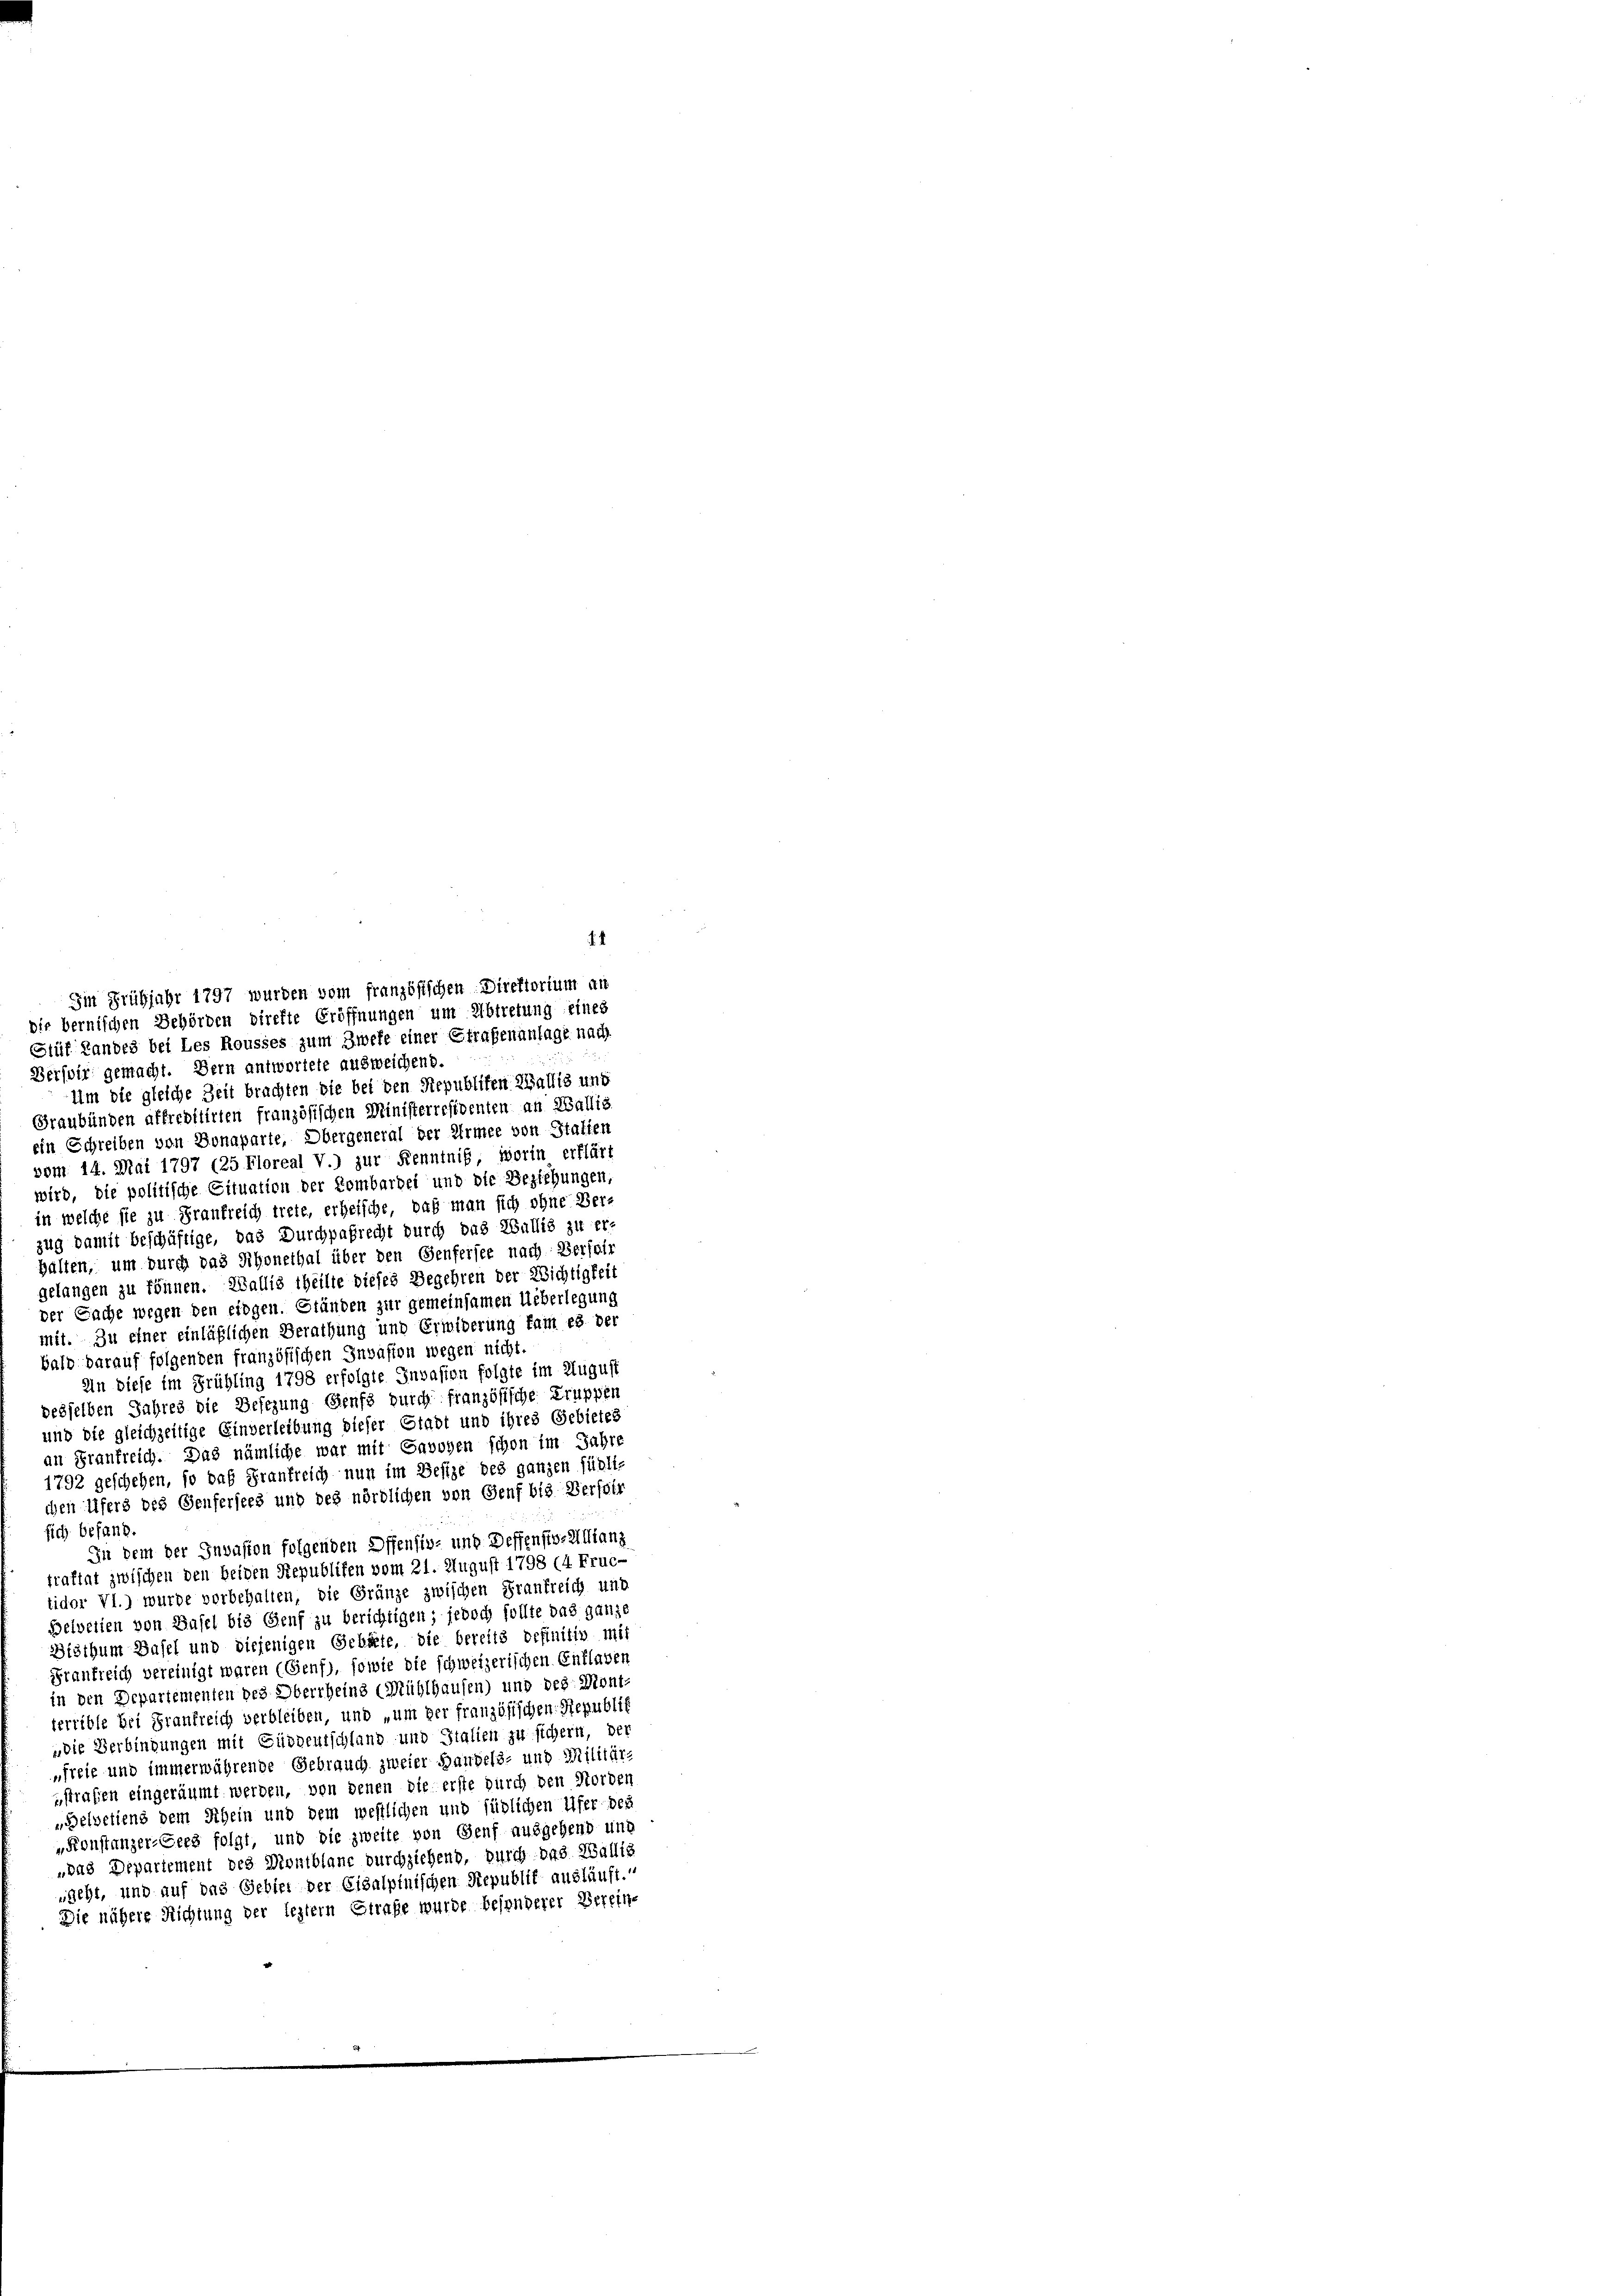
Stür Landes bei Les Rousses zum Zweke einer Straßenanlage nach
Dervir gemacht. Bern antwortete ausweichend.
Um die gleiche Zeit brachten die bei den Republiten Wallis und
Graubünden affreottirten französischen Ministerrefidenten an Wallis
ein Schreiben von Bonaparte, Obergeneral der Armee von Statten
vom 14. Mai 1797 (25 Floreal V.) zur Kenntniß, worin erklärt
wird, die politische Cituation der Kombardel und die Beziehungen,
in welche sie zu Frankreich trete, erheische, daß man sich ohne Ver-
zug damit beschäftige, das Durchpafrecht durch das Wallis zu erhalten, um durch das Schonethal über den Genfersee nach Verfeir
gelangen zu können. Wallis theilte dieses Begehren der Richtigkeit
der Sache wegen den etogen. Ständen zur gemeinsamen Ueberlegung
mit. Zu einer einläßlichen Berathung und Erwiderung fam es der
bald darauf folgenden französischen Invasion wegen nicht.
An diese im Frühling 1798 erfolgte Invasion folgte im August
desselben Jahres die Befegung Genf durch französische Truppen
und die gleichzeitige Einverleibung dieser Stadt und ihres Gebietes
an Frankreich. Das nämliche war mit Savoyen schon im Jahre
1792 geschehen, so daß Frankreich nun im Besize des ganzen fügli-
chen Ufers des Genfersees und des nördlichen von Genf bis Verfor
fich befand.
In dem der Invasion folgenden Offensiv- und DeffenstveAllianz
traftat zwischen den beiden Republifen vom 21. August 1798 (4 Fruc-
tidor VI.) wurde vorbehalten, die Gränze zwischen Frankreich und
Belvetien von Basel bis Genf zu berichtigen; jedoch sollte das ganze
Bisthum Basel und diejenigen Gehülfe, die bereits definitiv mit
Frankreich vereinigt waren (Genf), sowie die schweizerischen Entlaver
in den Departementen des Oberrheine Mühlhausen) und des Mont-
terrible bei Frankreich verbleiben, und „um der französischen Republik
„die Verbindungen mit Güddeutschland und Italien zu sichern, der
„freie und immerwährende Gebrauch zweier Handels- und Militär-
sstrafen eingeräumt werden, von denen die erste durch den Norden
„Belvetiens dem Schein und dem westlichen und südlichen Ufer des
„Konstanzer-Gees folgt, und die zweite von Genf ausgehend und
„das Departement des Diontblane durchziehend, durch das Wallis
nacht, und auf das Gebiet der Eisalpinischen Republik ausläuft.“
Die nähere Richtung der leztern Strafe wurde besonderer Berein-

Im Frühjahr 1797 wurden vom französischen Direktorium an
die bernischen Behörden direfte Eröffnungen um Abtretung eines